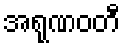
အရုဏဝတီ